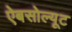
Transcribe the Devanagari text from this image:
ऐबसोल्यूट